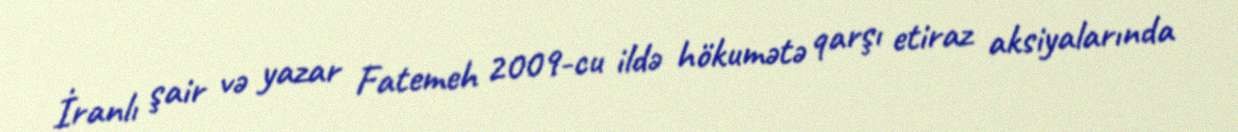
İranlı şair və yazar Fatemeh 2009-cu ildə hökumətə qarşı etiraz aksiyalarında